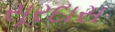
સૂરદાસ